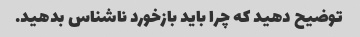
توضیح دهید که چرا باید بازخورد ناشناس بدهید.